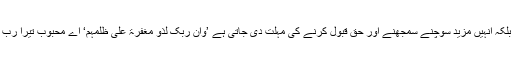
لیکن رحمت خداوندی ان کی اس طفلانہ ضد پر فوراً مؤاخذہ نہیں کرتی بلکہ انہیں مزید سوچنے سمجھنے اور حق قبول کرنے کی مہلت دی جاتی ہے ’وان ربک لذو مغفرۃ علی ظلمہم‘ اے محبوب تیرا رب لوگوں کی ظلم کیشیوں کے باوصف ان سے درگزر ہی فرماتا رہتا ہے۔